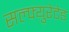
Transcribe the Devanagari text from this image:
सल्फ्युरेटेड